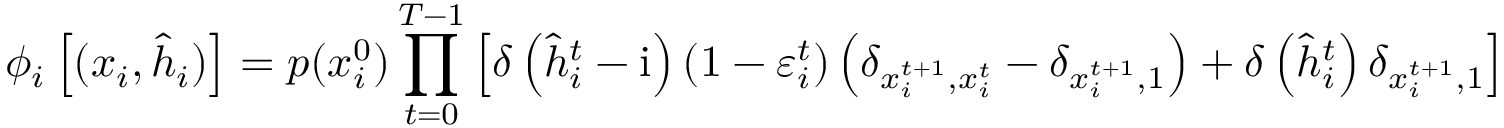
\phi _ { i } \left[ ( \boldsymbol { x } _ { i } , \hat { \boldsymbol { h } } _ { i } ) \right] = p ( x _ { i } ^ { 0 } ) \prod _ { t = 0 } ^ { T - 1 } \left[ \delta \left( \hat { h } _ { i } ^ { t } - \mathrm { i } \right) \left( 1 - \varepsilon _ { i } ^ { t } \right) \left( \delta _ { x _ { i } ^ { t + 1 } , x _ { i } ^ { t } } - \delta _ { x _ { i } ^ { t + 1 } , 1 } \right) + \delta \left( \hat { h } _ { i } ^ { t } \right) \delta _ { x _ { i } ^ { t + 1 } , 1 } \right]